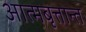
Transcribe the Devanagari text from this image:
आत्मबृत्तान्त